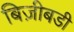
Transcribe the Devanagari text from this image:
बिज़ीबडी